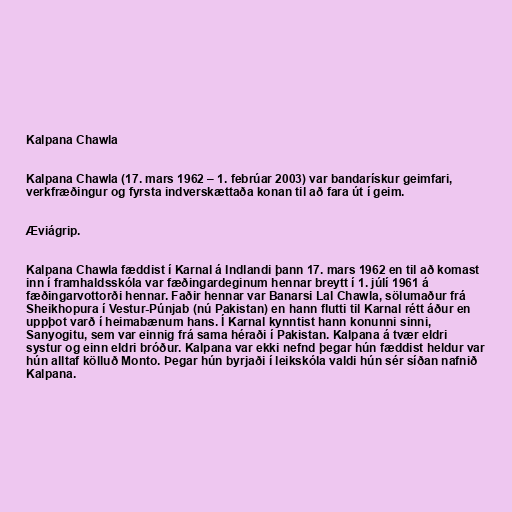
Kalpana Chawla

Kalpana Chawla (17. mars 1962 – 1. febrúar 2003) var bandarískur geimfari,
verkfræðingur og fyrsta indverskættaða konan til að fara út í geim.

Æviágrip.

Kalpana Chawla fæddist í Karnal á Indlandi þann 17. mars 1962 en til að komast
inn í framhaldsskóla var fæðingardeginum hennar breytt í 1. júlí 1961 á
fæðingarvottorði hennar. Faðir hennar var Banarsi Lal Chawla, sölumaður frá
Sheikhopura í Vestur-Púnjab (nú Pakistan) en hann flutti til Karnal rétt áður en
uppþot varð í heimabænum hans. Í Karnal kynntist hann konunni sinni,
Sanyogitu, sem var einnig frá sama héraði í Pakistan. Kalpana á tvær eldri
systur og einn eldri bróður. Kalpana var ekki nefnd þegar hún fæddist heldur var
hún alltaf kölluð Monto. Þegar hún byrjaði í leikskóla valdi hún sér síðan nafnið
Kalpana.